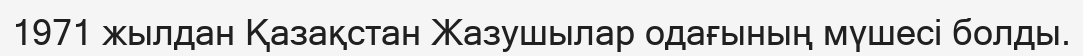
1971 жылдан Қазақстан Жазушылар одағының мүшесі болды.